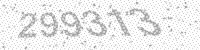
Solution: 299313